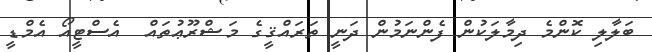
ބަލާލި ކޮންމެ ދިމާލަކުން ފެންނަމުން ދަނީ ތަރައްޤީގެ މަޝްރޫޢުތައް  އެސްޓީއޯ އެމްޑީ